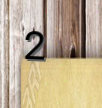
2